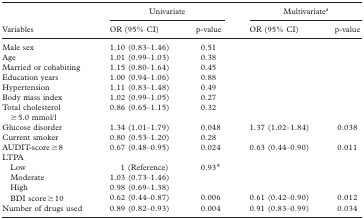
<table><thead><tr><td></td><td colspan="2"><b>Univariate</b></td><td colspan="2"><b>Multivariate<sup>a</sup></b></td></tr><tr><td><b>Variables</b></td><td><b>OR (95% CI)</b></td><td><b>p-value</b></td><td><b>OR (95% CI)</b></td><td><b>p-value</b></td></tr></thead><tbody><tr><td>Male sex</td><td>1.10 (0.83–1.46)</td><td>0.51</td><td></td><td></td></tr><tr><td>Age</td><td>1.01 (0.99–1.03)</td><td>0.38</td><td></td><td></td></tr><tr><td>Married or cohabiting</td><td>1.15 (0.80–1.64)</td><td>0.45</td><td></td><td></td></tr><tr><td>Education years</td><td>1.00 (0.94–1.06)</td><td>0.88</td><td></td><td></td></tr><tr><td>Hypertension</td><td>1.11 (0.83–1.48)</td><td>0.49</td><td></td><td></td></tr><tr><td>Body mass index</td><td>1.02 (0.99–1.05)</td><td>0.27</td><td></td><td></td></tr><tr><td>Total cholesterol ≥ 5.0 mmol/l</td><td>0.86 (0.65–1.15)</td><td>0.32</td><td></td><td></td></tr><tr><td>Glucose disorder</td><td>1.34 (1.01–1.79)</td><td>0.048</td><td>1.37 (1.02–1.84)</td><td>0.038</td></tr><tr><td>Current smoker</td><td>0.80 (0.53–1.20)</td><td>0.28</td><td></td><td></td></tr><tr><td>AUDIT-score ≥ 8</td><td>0.67 (0.48–0.95)</td><td>0.024</td><td>0.63 (0.44–0.90)</td><td>0.011</td></tr><tr><td>LTPA</td><td></td><td></td><td></td><td></td></tr><tr><td>Low</td><td>1 (Reference)</td><td>0.93*</td><td></td><td></td></tr><tr><td>Moderate</td><td>1.03 (0.73–1.46)</td><td></td><td></td><td></td></tr><tr><td>High</td><td>0.98 (0.69–1.38)</td><td></td><td></td><td></td></tr><tr><td>BDI score ≥ 10</td><td>0.62 (0.44–0.87)</td><td>0.006</td><td>0.61 (0.42–0.90)</td><td>0.012</td></tr><tr><td>Number of drugs used</td><td>0.89 (0.82–0.93)</td><td>0.004</td><td>0.91 (0.83–0.99)</td><td>0.034</td></tr></tbody></table>